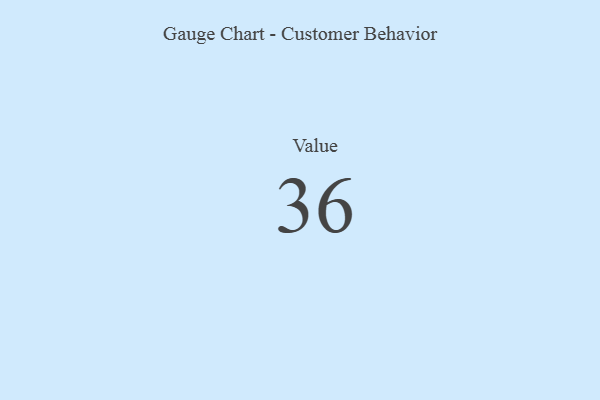
{"axis": {"x": "Metric", "y": "Value"}, "legend": [""], "data": [{"x": "Value", "y": 36, "type": ""}]}